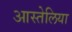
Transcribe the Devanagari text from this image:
आस्तेलिया